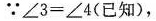
∵$$∠ 3 = ∠ 4$$(已知)，